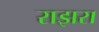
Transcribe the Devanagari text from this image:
राझरा